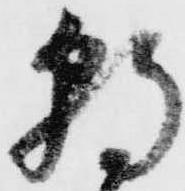
朝